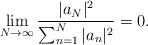
LaTeX: \begin{align*} \lim_{N \to \infty} \frac{|a_N|^2}{\sum_{n=1}^N |a_n|^2} = 0. \end{align*}